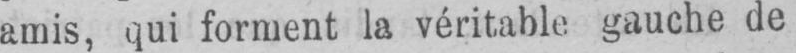
amis, qui forment la véritable gauche de